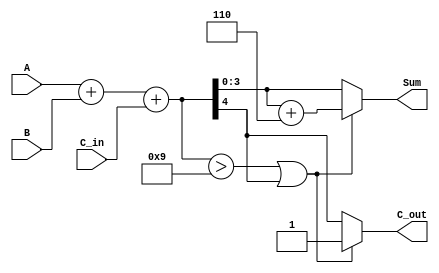
module BCD_Asynchronous_Adder (
    input  wire [3:0] A,      // First BCD digit
    input  wire [3:0] B,      // Second BCD digit
    input  wire C_in,         // Carry input
    output wire [3:0] Sum,    // BCD sum output
    output wire C_out         // Carry output
);

    // Intermediate signals
    wire [4:0] binary_sum;    // Binary sum including carry
    wire correction;           // Correction signal
    wire [3:0] corrected_sum;  // Corrected sum if needed

    // Step 1: Binary Addition
    assign binary_sum = A + B + C_in;  // 5 bits to accommodate carry

    // Step 2: Determine if correction is needed
    assign correction = (binary_sum > 9) || (binary_sum[4]); // Check if sum > 9 or if there is carry out

    // Step 3: Calculate corrected sum
    assign corrected_sum = binary_sum + 6; // Add 6 for BCD correction

    // Step 4: Output Logic
    assign Sum = correction ? corrected_sum[3:0] : binary_sum[3:0]; // Use corrected sum if correction is needed
    assign C_out = correction ? 1'b1 : binary_sum[4]; // Carry out is set if correction is done or if there's an overflow

endmodule